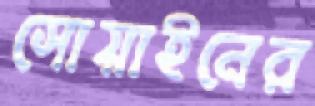
সোয়াইনের